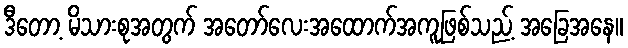
ဒီတော့ မိသားစုအတွက် အတော်လေးအထောက်အကူဖြစ်သည့် အခြေအနေ။